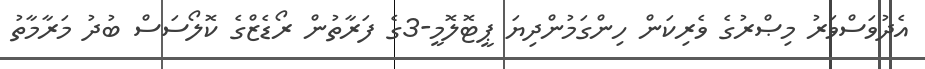
އެދުވަސްވަރު މިޞްރުގެ ވެރިކަން ހިންގަމުންދިޔަ ޕީޓޮލޮމީ-3ގެ ފަރާތުން ރޯޑެޒްގެ ކޮލޯސަސް ބުދު މަރާމާތު